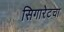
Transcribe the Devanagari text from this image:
सिगारेटचा